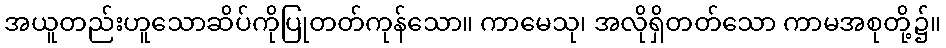
အယူတည်းဟူသောဆိပ်ကိုပြုတတ်ကုန်သော။ ကာမေသု၊ အလိုရှိတတ်သော ကာမအစုတို့၌။